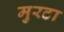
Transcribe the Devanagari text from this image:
मुरटा